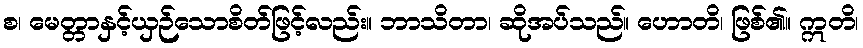
စ၊ မေတ္တာနှင့်ယှဉ်သောစိတ်ဖြင့်လည်း။ ဘာသိတာ၊ ဆိုအပ်သည်။ ဟောတိ၊ ဖြစ်၏။ ဣတိ၊